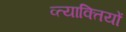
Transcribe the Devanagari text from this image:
व्त्याक्तियों